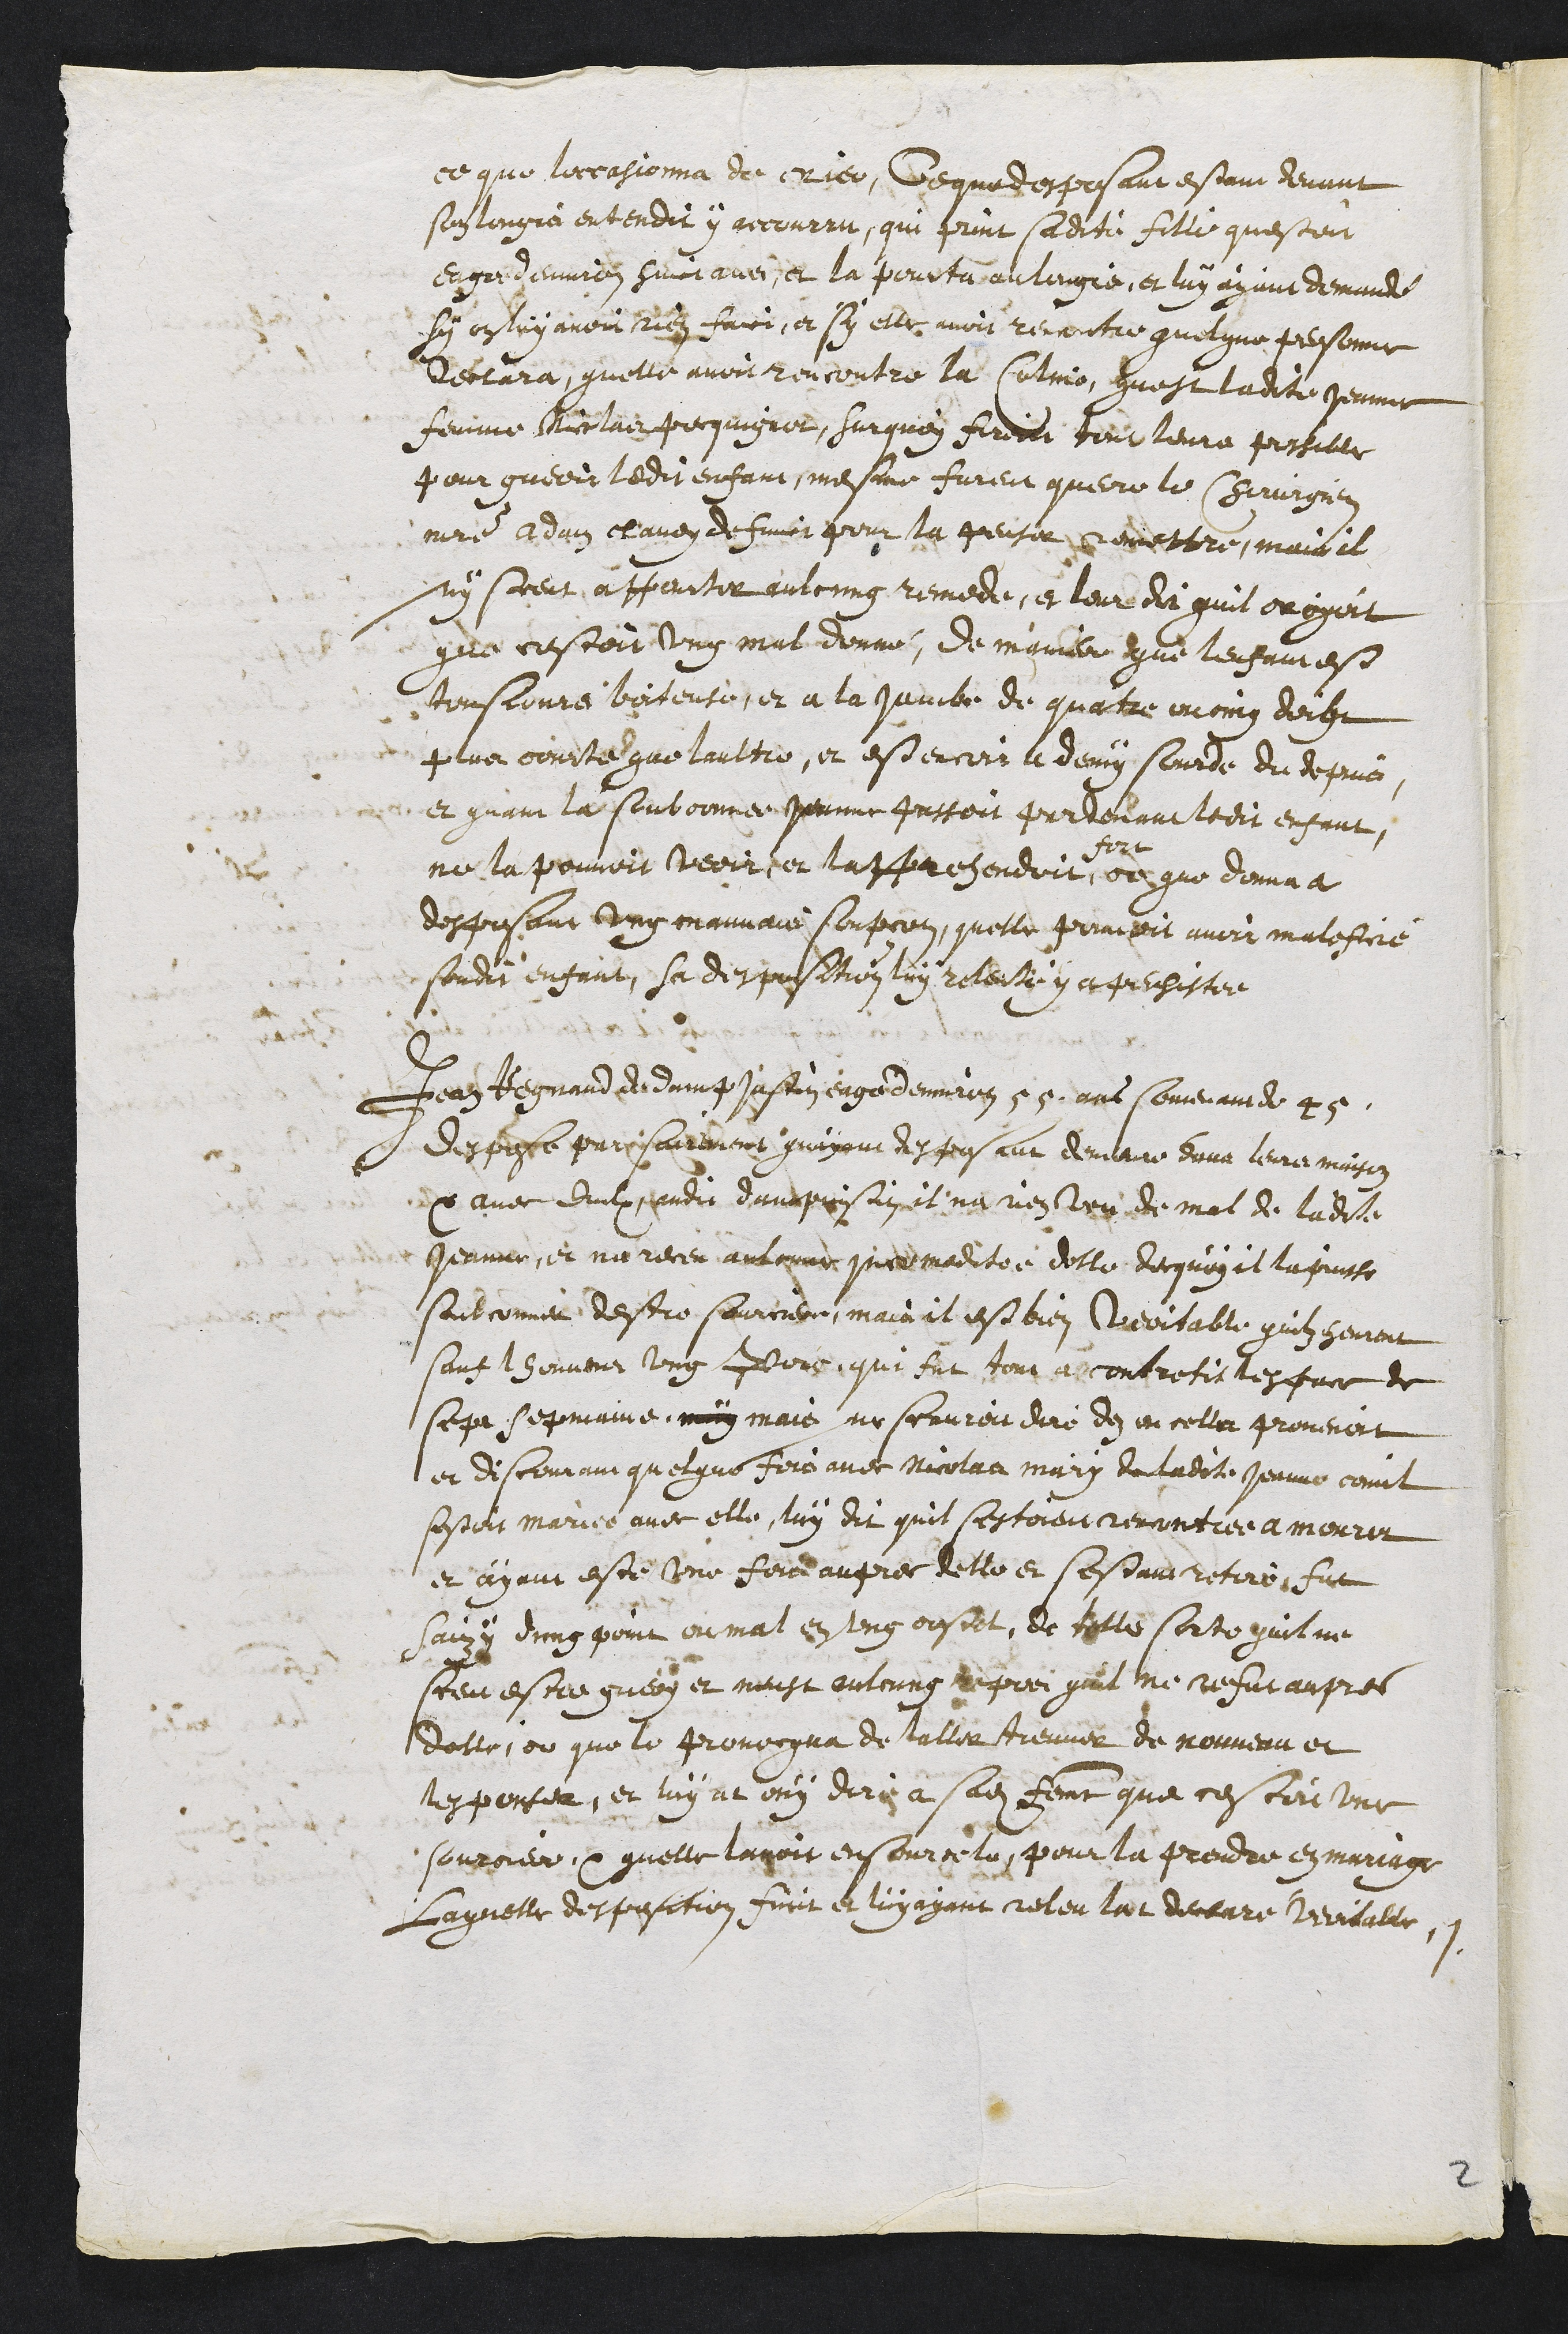
ce que lieccasionna de crier. Ce que desposant estam devant
son longué entendit y recourru, qui print sadite fille questoit
engre demmién suucl avec, et la pourta au lengie, et luy ayant demande
sy en loy avoi ridi faice, et sy elle avoit rencontre quelque personne
Dectara, qu’elle avoit rencontre la Culmio, quest ladite Jennne
femme Micelais Perquigner, Sur quoy firedd tour leure possille
pour guerir ledit enfant mesme furent querre le Chirurgier
maitre Admi chaven de fumir pour la gensin pomettre, mais il
ny scent apparter aulcung remede, et leur de quil droyert
que cestoir ung mal donne, de mngni que lefames
toustoure beitente, et à la jainte de quattre moing decfe
plus cousté que l’aultre, et est encors le demy sourde du depus,
et quane la seubconnee pemme Jussoit parvenant ledit enfant
ne la pouvoir veoire lappachendoit
fort
oegue donnaa
desposant ung mauvais soupcon, quelle pruvoit avoir malefire
sondit enfant, sa despusMion luy relente y et pechestée
Jan Jegnard dedant fefin age d’envirn 55 ans someraunde 2
despogte parisadrement quayent desfous ant demleure duna leure mison
x avec dulx gandi damprisiinet na nen veu de mal de ladite
Jeanne, et ne receu aulcune quemaditée delle decquoy il lapusse
soubconnér destre sourcieu, main il est bien Cuevitable quilz sement
sans lhouveut ung Mors, qui fut tous aecontretis desfrce de
sep sepmaine, muy mais e scauren dire de en cella provenoit
et discomainquelque fois avec Nicolad mary de ladite Jermne comet
sestoit mariée avec elle, luy dit quil s’estoient remantiee a mourir
et ayant este une ferrdauprer telle en sestant retiro fut
sairy dung point ou mal en ung oustet, de telle sorte quilne
sceu estre guery et meust aulcuns repréi quil me nefut aupres
dolle, on que le provoogua de talier treuver de mouveuu et
tesporter, et luy at ouy diré à sadite femme que cestoi une
souroier quelle lavoit ensourcel, pour la prendre eymuniage
laquelle despessition surt et luyayant releu lar deceure Veritalle,